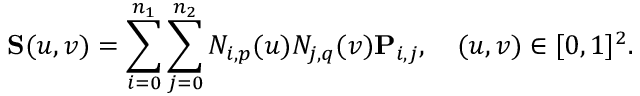
\mathbf { S } ( u , v ) = \sum _ { i = 0 } ^ { n _ { 1 } } \sum _ { j = 0 } ^ { n _ { 2 } } N _ { i , p } ( u ) N _ { j , q } ( v ) \mathbf { P } _ { i , j } , \quad ( u , v ) \in [ 0 , 1 ] ^ { 2 } .